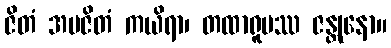
ဇိတံ အပဇိတံ ကယိရာ၊ တထာရူပဿ ဇန္တုနော။